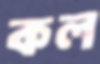
কল